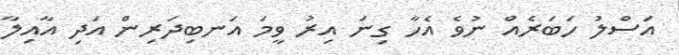
އަސްލު ހަބަރެއް ނުވެ އެހާ ގިނަ އިރު ވީމަ އަނބިދަރިން އަދި އާއިލާ